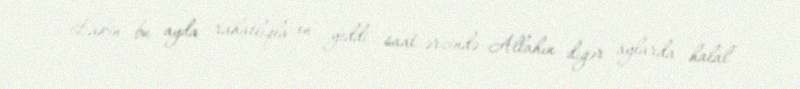
Lakin bu ayda rahatlıqla on yeddi saat ərzində Allahın digər aylarda halal